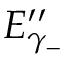
E _ { \gamma _ { - } } ^ { \prime \prime }